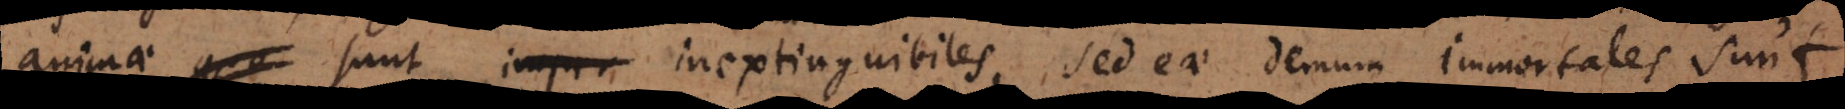
ae sunt impri inextinguibiles, sed eae demum immortales sunt,